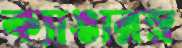
ক্যাঙারম্ন